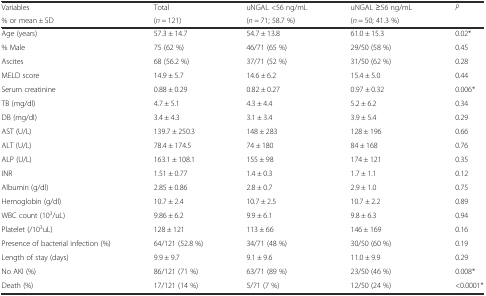
<table><thead><tr><td><b>Variables</b></td><td><b>Total</b></td><td><b>uNGAL &lt;56 ng/mL</b></td><td><b>uNGAL ≥56 ng/mL</b></td><td rowspan="2"><b><i>P</i></b></td></tr><tr><td><b>% or mean ± SD</b></td><td><b>(<i>n</i> = 121)</b></td><td><b>(<i>n</i> = 71; 58.7 %)</b></td><td><b>(<i>n</i> = 50; 41.3 %)</b></td></tr></thead><tbody><tr><td>Age (years)</td><td>57.3 ± 14.7</td><td>54.7 ± 13.8</td><td>61.0 ± 15.3</td><td>0.02*</td></tr><tr><td>% Male</td><td>75 (62 %)</td><td>46/71 (65 %)</td><td>29/50 (58 %)</td><td>0.45</td></tr><tr><td>Ascites</td><td>68 (56.2 %)</td><td>37/71 (52 %)</td><td>31/50 (62 %)</td><td>0.28</td></tr><tr><td>MELD score</td><td>14.9 ± 5.7</td><td>14.6 ± 6.2</td><td>15.4 ± 5.0</td><td>0.44</td></tr><tr><td>Serum creatinine</td><td>0.88 ± 0.29</td><td>0.82 ± 0.27</td><td>0.97 ± 0.32</td><td>0.006*</td></tr><tr><td>TB (mg/dl)</td><td>4.7 ± 5.1</td><td>4.3 ± 4.4</td><td>5.2 ± 6.2</td><td>0.34</td></tr><tr><td>DB (mg/dl)</td><td>3.4 ± 4.3</td><td>3.1 ± 3.4</td><td>3.9 ± 5.4</td><td>0.29</td></tr><tr><td>AST (U/L)</td><td>139.7 ± 250.3</td><td>148 ± 283</td><td>128 ± 196</td><td>0.66</td></tr><tr><td>ALT (U/L)</td><td>78.4 ± 174.5</td><td>74 ± 180</td><td>84 ± 168</td><td>0.76</td></tr><tr><td>ALP (U/L)</td><td>163.1 ± 108.1</td><td>155 ± 98</td><td>174 ± 121</td><td>0.35</td></tr><tr><td>INR</td><td>1.51 ± 0.77</td><td>1.4 ± 0.3</td><td>1.7 ± 1.1</td><td>0.12</td></tr><tr><td>Albumin (g/dl)</td><td>2.85 ± 0.86</td><td>2.8 ± 0.7</td><td>2.9 ± 1.0</td><td>0.75</td></tr><tr><td>Hemoglobin (g/dl)</td><td>10.7 ± 2.4</td><td>10.7 ± 2.5</td><td>10.7 ± 2.2</td><td>0.89</td></tr><tr><td>WBC count (10<sup>3</sup>/uL)</td><td>9.86 ± 6.2</td><td>9.9 ± 6.1</td><td>9.8 ± 6.3</td><td>0.94</td></tr><tr><td>Platelet (/10<sup>3</sup>uL)</td><td>128 ± 121</td><td>113 ± 66</td><td>146 ± 169</td><td>0.16</td></tr><tr><td>Presence of bacterial infection (%)</td><td>64/121 (52.8 %)</td><td>34/71 (48 %)</td><td>30/50 (60 %)</td><td>0.19</td></tr><tr><td>Length of stay (days)</td><td>9.9 ± 9.7</td><td>9.1 ± 9.6</td><td>11.0 ± 9.9</td><td>0.29</td></tr><tr><td>No AKI (%)</td><td>86/121 (71 %)</td><td>63/71 (89 %)</td><td>23/50 (46 %)</td><td>0.008*</td></tr><tr><td>Death (%)</td><td>17/121 (14 %)</td><td>5/71 (7 %)</td><td>12/50 (24 %)</td><td>&lt;0.0001*</td></tr></tbody></table>